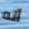
أنه